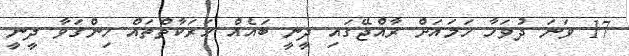
17 ވަނަ ދުވަހާ ހަމައަށް ރާއްޖޭގައި ދީނީ ބައެއް ހަރަކާތްތައް ހިންގަވާ ދީނީ